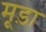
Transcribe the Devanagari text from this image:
मूड़ा